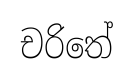
චරිතේ